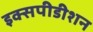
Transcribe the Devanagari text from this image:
इक्सपीडीशन